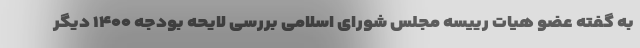
به گفته عضو هیات رییسه مجلس شورای اسلامی بررسی لایحه بودجه ۱۴۰۰ دیگر